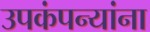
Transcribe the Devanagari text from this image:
उपकंपन्यांना